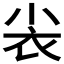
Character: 𰍫